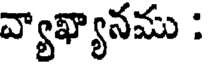
వ్యాఖ్యానము :